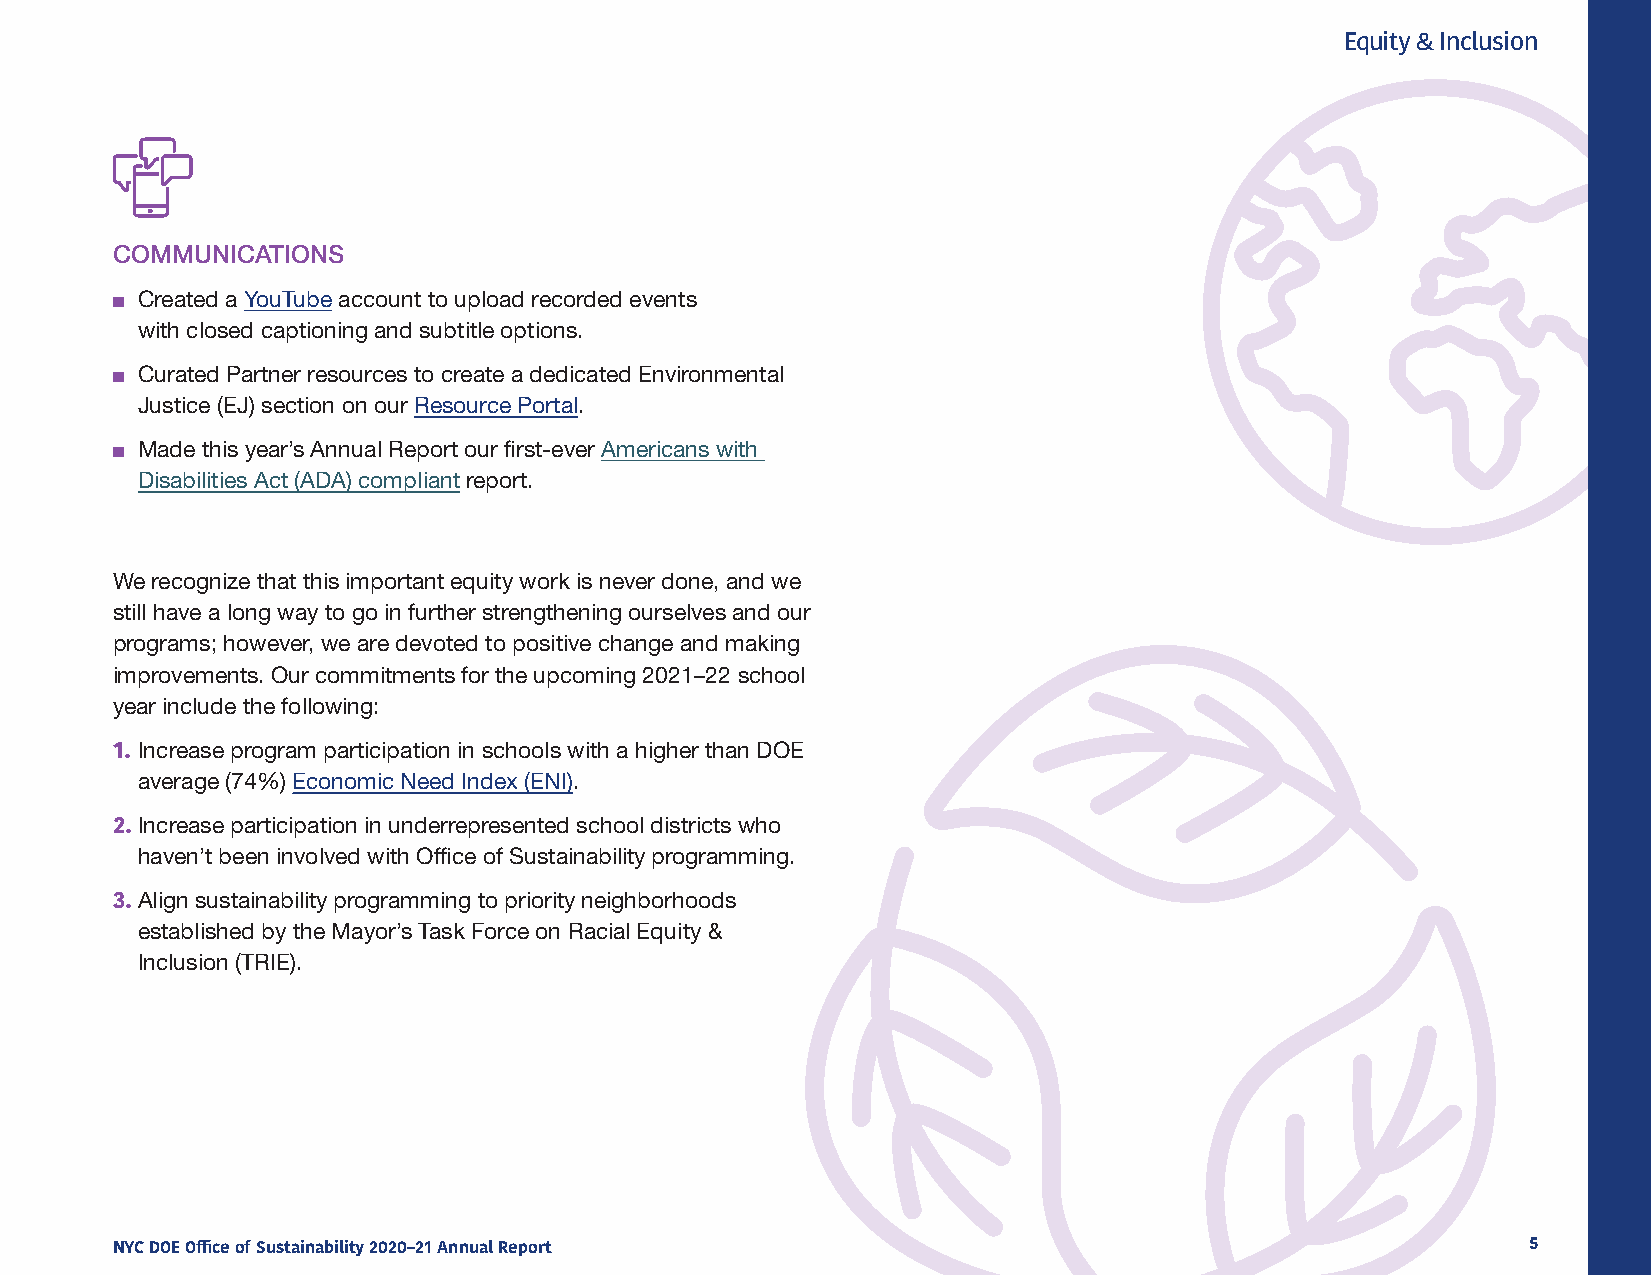
Equity & Inclusion
 COMMUNICATIONS
 ■ Created a YouTube account to upload recorded events
 with closed captioning and subtitle options.
 ■ Curated Partner resources to create a dedicated Environmental
 Justice (EJ) section on our Resource Portal.
 ■ Made this year’s Annual Report our first-ever Americans with
 Disabilities Act (ADA) compliant report.
 We recognize that this important equity work is never done, and we
 still have a long way to go in further strengthening ourselves and our
 programs; however, we are devoted to positive change and making
 improvements. Our commitments for the upcoming 2021–22 school
 year include the following:
 Increase program participation in schools with a higher than DOE
 1.
 average (74%) Economic Need Index (ENI).
 Increase participation in underrepresented school districts who
 2.
 haven’t been involved with Office of Sustainability programming.
 Align sustainability programming to priority neighborhoods
 3.
 established by the Mayor’s Task Force on Racial Equity &
 Inclusion (TRIE).
 NYC DOE Office of Sustainability 2020–21 Annual Report                                        5